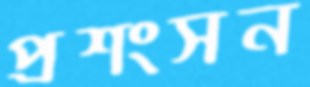
প্রশংসন